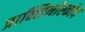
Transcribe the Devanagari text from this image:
प्राक्सिनोस्कोप